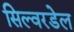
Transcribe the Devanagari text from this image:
सिल्वरडेल